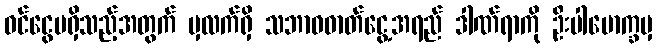
ဝင်ငွေမရှိသည့်အတွက် မှလက်ရှိ သဘာဝဓာတ်ငွေ့အရည် ဒါဏ်ရာကို ဦးပါမောက္ခမှ